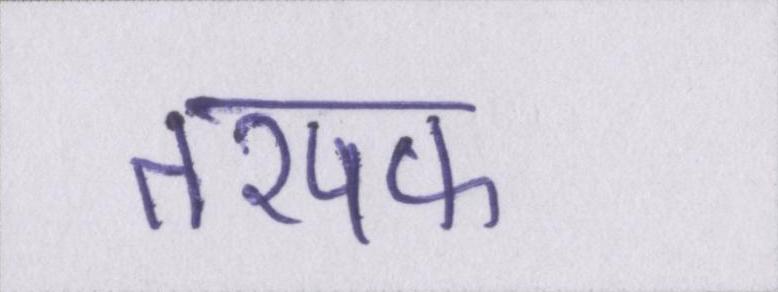
तरपफ